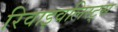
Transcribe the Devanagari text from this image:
रिवाइवलिस्ट्स